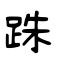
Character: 跊